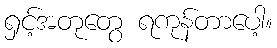
ရှင့်အတုတွေ ရကုန်တာပေါ့။